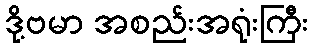
ဒို့ဗမာ အစည်းအရုံးကြီး